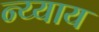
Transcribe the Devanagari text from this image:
न्य्याय